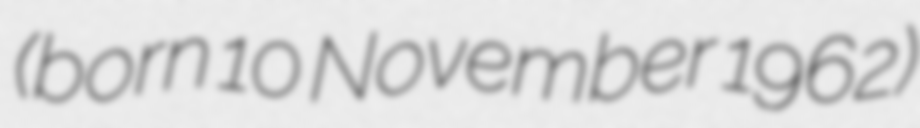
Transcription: (born 10 November 1962)